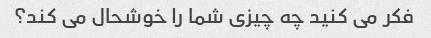
فکر می کنید چه چیزی شما را خوشحال می کند؟